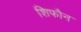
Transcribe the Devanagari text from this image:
शिफौन